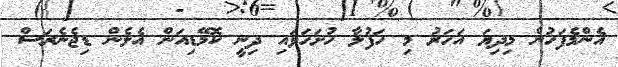
އެންމެފަހުން މިދިޔަ އަހަރު މި ހަފުލާ ހުށަހަޅައި ދިނީ ކޮމޭޑިއަން އެލެން ޑިޖެނެރަސް